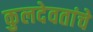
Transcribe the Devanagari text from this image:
कुलदेवतांचे